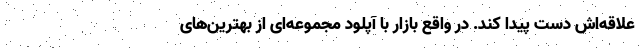
علاقه‌اش دست پیدا کند. در واقع بازار با آپلود مجموعه‌ای از بهترین‌های